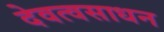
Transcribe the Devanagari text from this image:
देवत्वसाधन